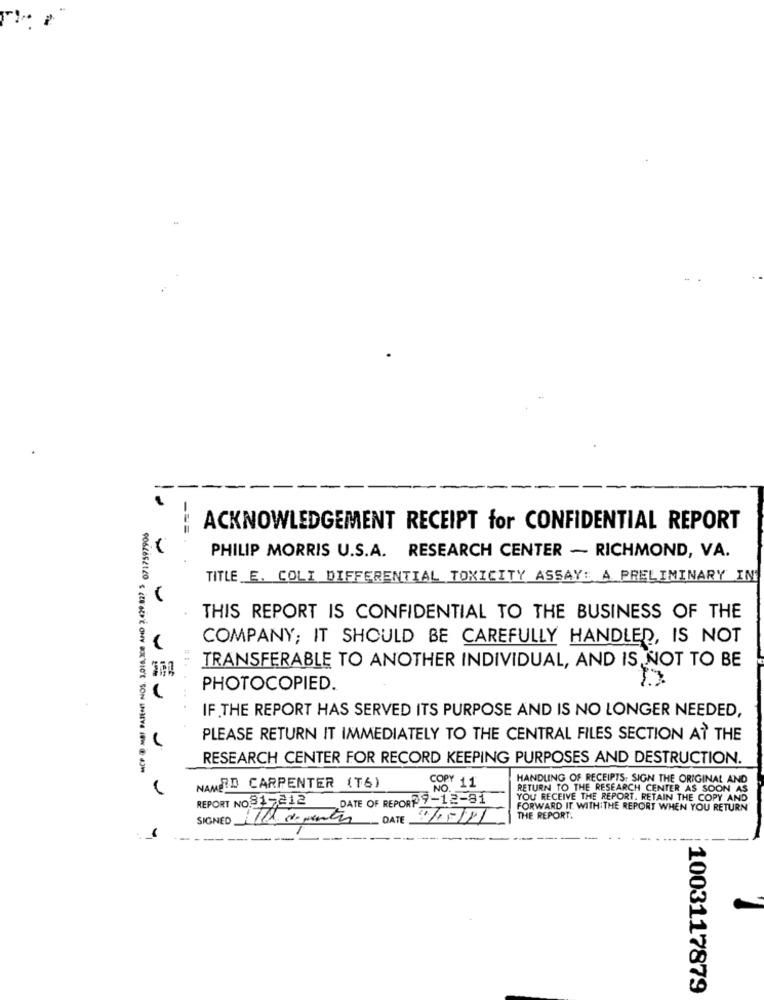
ACKNOWLEDGEMENT RECEIPT for CONFIDENTIAL REPORT
PHILIP MORRIS U.S.A. RESEARCH CENTER - RICHMOND, VA.
TITLE E. COLI DIFFERENTIAL TOXICITY ASSAY: A PRELIMINARY IN
THIS REPORT IS CONFIDENTIAL TO THE BUSINESS OF THE
COMPANY; IT SHOULD BE CAREFULLY HANDLED, IS NOT
TRANSFERABLE TO ANOTHER INDIVIDUAL, AND IS NOT TO BE
PHOTOCOPIED.
......
IF THE REPORT HAS SERVED ITS PURPOSE AND IS NO LONGER NEEDED,
PLEASE RETURN IT IMMEDIATELY TO THE CENTRAL FILES SECTION AT THE
RESEARCH CENTER FOR RECORD KEEPING PURPOSES AND DESTRUCTION.
HANDLING OF RECEIPTS. SIGN THE ORIGINAL AND
NAMED CARPENTER (T6)
COPY 11
RETURN TO THE RESEARCH CENTER AS SOON AS
REPORT NO.817212
DATE OF REPORT9-12-91
YOU RECEIVE THE REPORT. RETAIN THE COPY AND
FORWARD IT WITH THE REPORT WHEN YOU RETURN
SIGNED ile de mente
DATE
THE REPORT.
1003117879